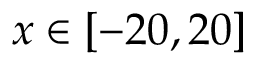
x \in [ - 2 0 , 2 0 ]